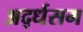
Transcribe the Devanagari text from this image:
अर्द्धसम